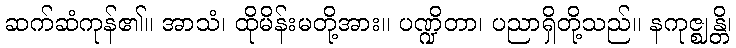
ဆက်ဆံကုန်၏။ အာသံ၊ ထိုမိန်းမတို့အား။ ပဏ္ဍိတာ၊ ပညာရှိတို့သည်။ နကုဇ္ဈန္တိ၊